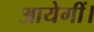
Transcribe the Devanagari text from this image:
आयेगीं।